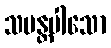
သမန္တပါသော